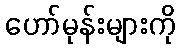
ဟော်မုန်းများကို